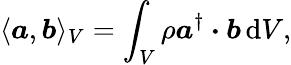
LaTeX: \langle\boldsymbol{a},\boldsymbol{b}\rangle_{V}=\int_{V}\rho\boldsymbol{a}^{\dagger}\boldsymbol{\cdot}\boldsymbol{b}\, \mathrm{d}V,